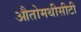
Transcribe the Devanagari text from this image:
औतोमथीसीटी